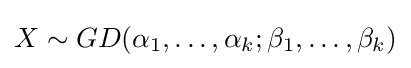
X\sim GD(\alpha _{1},\ldots ,\alpha _{k};\beta _{1},\ldots ,\beta _{k})